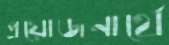
প্রয়োজনার্থে